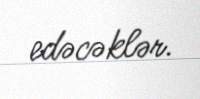
edəcəklər.